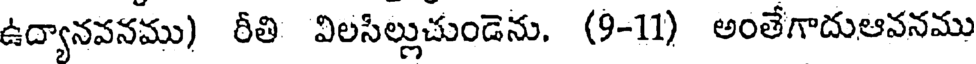
ఉద్యానవనము) రీతి విలసిల్లుచుండెను, (9-11) అంతేగాదుఆవనము